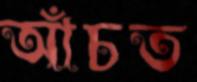
আঁচত